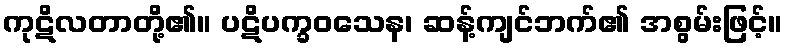
ကုဋိလတာတို့၏။ ပဋိပက္ခဝသေန၊ ဆန့်ကျင်ဘက်၏ အစွမ်းဖြင့်။